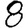
Digit: 8